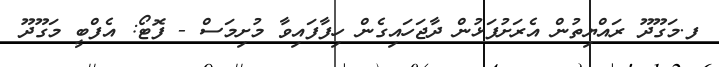
ފ.މަގޫދޫ ރައްޔިތުން އެރަށުފަޅުން ދާޖަހައިގެން ހިފާފައިވާ މުށިމަސް - ފޮޓޯ: އެފްބީ މަގޫދޫ